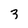
Character: 3